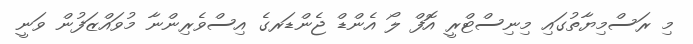
މި ރަސްމިޔާތުގައި މިނިސްޓްރީ އޮފް ލޯ އެންޑް ޖެންޑަރގެ އިސްވެރިންނާ މުވައްޒަފުން ވަނީ